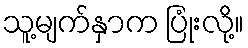
သူ့မျက်နှာက ပြုံးလို့။